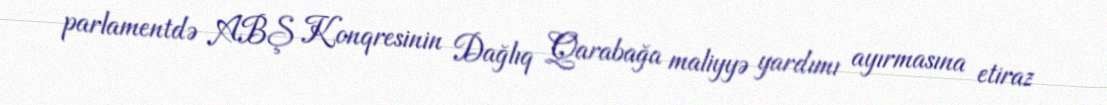
parlamentdə ABŞ Konqresinin Dağlıq Qarabağa maliyyə yardımı ayırmasına etiraz